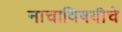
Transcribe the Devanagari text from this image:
नाचाविषयीचे